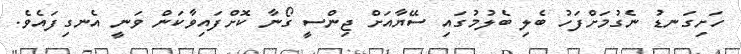
ހަށިގަނޑު ނެގުމަށްފަހު ބެލި ބެލުމުގައި ސޭޔާއަށް ޖިންސީ ގޯނާ ކޮށްފައިވާކަން ވަނީ އެނގިފައެވެ.